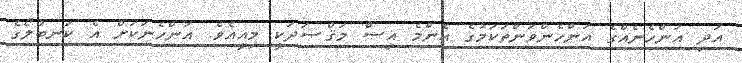
އަދި އަންހެނެއްގެ އަންހެންވަންތަކަމުގެ އެންމެ އިސް މަޤްޞަދަކީ މިއީއެވެ. އަންހެނަކަށް އެ ކަނބުލޯގެ